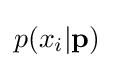
p(x_{i}|\mathbf {p} )